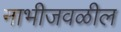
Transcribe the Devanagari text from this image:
नाभीजवळील